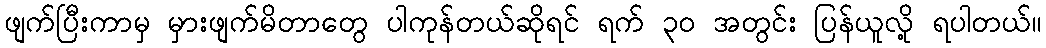
ဖျက်ပြီးကာမှ မှားဖျက်မိတာတွေ ပါကုန်တယ်ဆိုရင် ရက် ၃၀ အတွင်း ပြန်ယူလို့ ရပါတယ်။